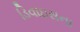
ડિવાઇસના